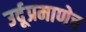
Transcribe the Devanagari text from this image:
उर्दूप्रमाणेच